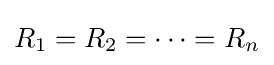
R_{1}=R_{2}=\cdots =R_{n}